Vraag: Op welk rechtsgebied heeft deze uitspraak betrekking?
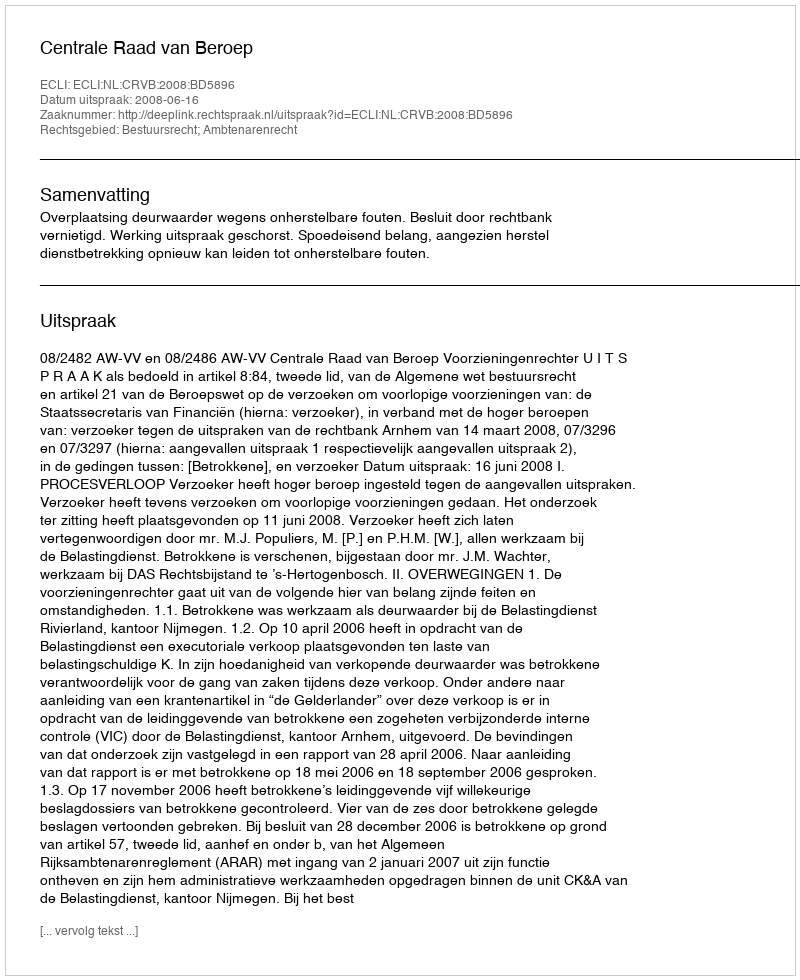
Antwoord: Bestuursrecht; Ambtenarenrecht